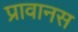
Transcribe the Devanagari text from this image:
प्रावानस